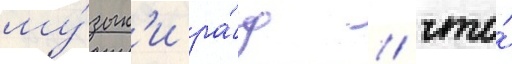
му́зык'и ра́д / что́